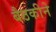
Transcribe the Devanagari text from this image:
बैठकीने